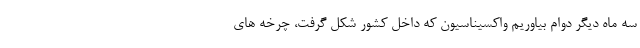
سه ماه دیگر دوام بیاوریم واکسیناسیون که داخل کشور شکل گرفت، چرخه های